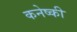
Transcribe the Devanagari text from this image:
कनेष्की